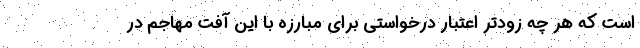
است که هر چه زودتر اعتبار درخواستی برای مبارزه با این آفت مهاجم در